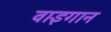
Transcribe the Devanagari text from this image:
वाइगान